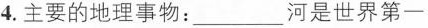
4. 主要的地理事物：___河是世界第一